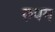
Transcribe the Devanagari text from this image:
रुपम